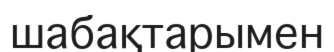
шабақтарымен